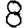
Digit: 8